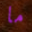
ما